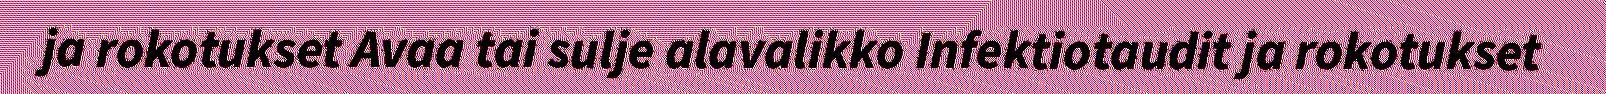
ja rokotukset Avaa tai sulje alavalikko Infektiotaudit ja rokotukset